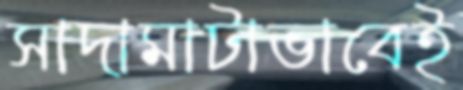
সাদামাটাভাবেই